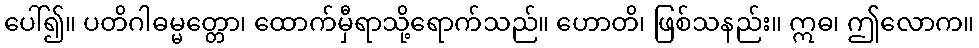
ပေါ်၍။ ပတိဂါဓမ္မတ္တော၊ ထောက်မှီရာသို့ရောက်သည်။ ဟောတိ၊ ဖြစ်သနည်း။ ဣဓ၊ ဤလောက။